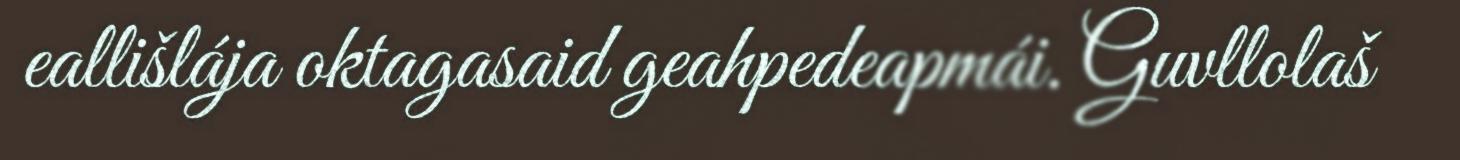
eallišlája oktagasaid geahpedeapmái. Guvllolaš